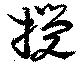
攪